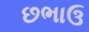
છભાઉ